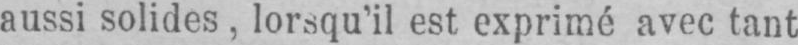
aussi solides, lorsqu’il est exprimé avec tant